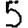
Digit: 5